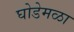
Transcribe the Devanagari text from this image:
घोडेमळा